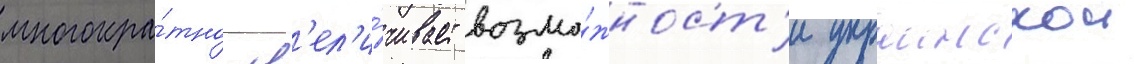
многокра́тно ув'ел'и́чивает возмо́жност'и украинскои